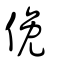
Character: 俛